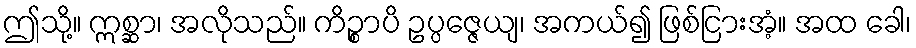
ဤသို့။ ဣစ္ဆာ၊ အလိုသည်။ ကိဉ္စာပိ ဥပ္ပဇ္ဇေယျ၊ အကယ်၍ ဖြစ်ငြားအံ့။ အထ ခေါ၊